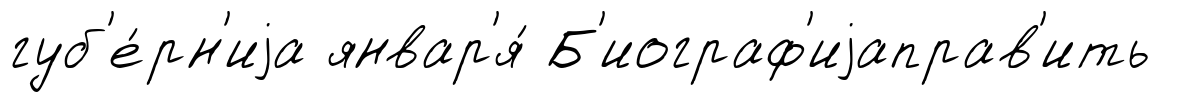
губ'е́рн'иjа январ'я́ Б'иограф'иjаправ'ить